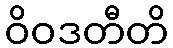
ဝိဝဒတီတိ